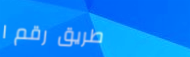
طريق رقم ١